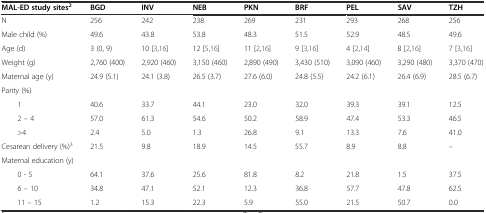
<table><thead><tr><td><b>MAL-ED study sites<sup>2</sup></b></td><td><b>BGD</b></td><td><b>INV</b></td><td><b>NEB</b></td><td><b>PKN</b></td><td><b>BRF</b></td><td><b>PEL</b></td><td><b>SAV</b></td><td><b>TZH</b></td></tr></thead><tbody><tr><td>N</td><td>256</td><td>242</td><td>238</td><td>269</td><td>231</td><td>293</td><td>268</td><td>256</td></tr><tr><td>Male child (%)</td><td>49.6</td><td>43.8</td><td>53.8</td><td>48.3</td><td>51.5</td><td>52.9</td><td>48.5</td><td>49.6</td></tr><tr><td>Age (d)</td><td>3 (0, 9)</td><td>10 [3,16]</td><td>12 [5,16]</td><td>11 [2,16]</td><td>9 [3,16]</td><td>4 [2,14]</td><td>8 [2,16]</td><td>7 [3,16]</td></tr><tr><td>Weight (g)</td><td>2,760 (400)</td><td>2,920 (460)</td><td>3,150 (460)</td><td>2,890 (490)</td><td>3,430 (510)</td><td>3,090 (460)</td><td>3,290 (480)</td><td>3,370 (470)</td></tr><tr><td>Maternal age (y)</td><td>24.9 (5.1)</td><td>24.1 (3.8)</td><td>26.5 (3.7)</td><td>27.6 (6.0)</td><td>24.8 (5.5)</td><td>24.2 (6.1)</td><td>26.4 (6.9)</td><td>28.5 (6.7)</td></tr><tr><td>Parity (%)</td><td></td><td></td><td></td><td></td><td></td><td></td><td></td><td></td></tr><tr><td>1</td><td>40.6</td><td>33.7</td><td>44.1</td><td>23.0</td><td>32.0</td><td>39.3</td><td>39.1</td><td>12.5</td></tr><tr><td>2 – 4</td><td>57.0</td><td>61.3</td><td>54.6</td><td>50.2</td><td>58.9</td><td>47.4</td><td>53.3</td><td>46.5</td></tr><tr><td>&gt;4</td><td>2.4</td><td>5.0</td><td>1.3</td><td>26.8</td><td>9.1</td><td>13.3</td><td>7.6</td><td>41.0</td></tr><tr><td>Cesarean delivery (%)<sup>3</sup></td><td>21.5</td><td>9.8</td><td>18.9</td><td>14.5</td><td>55.7</td><td>8.9</td><td>8.8</td><td>--</td></tr><tr><td>Maternal education (y)</td><td></td><td></td><td></td><td></td><td></td><td></td><td></td><td></td></tr><tr><td>0 - 5</td><td>64.1</td><td>37.6</td><td>25.6</td><td>81.8</td><td>8.2</td><td>21.8</td><td>1.5</td><td>37.5</td></tr><tr><td>6 – 10</td><td>34.8</td><td>47.1</td><td>52.1</td><td>12.3</td><td>36.8</td><td>57.7</td><td>47.8</td><td>62.5</td></tr><tr><td>11 – 15</td><td>1.2</td><td>15.3</td><td>22.3</td><td>5.9</td><td>55.0</td><td>21.5</td><td>50.7</td><td>0.0</td></tr></tbody></table>